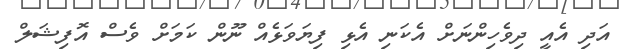
އަދި އެއީ ދިވެހިންނަށް އެކަނި އެޅި ފިޔަވަޅެއް ނޫން ކަމަށް ވެސް އޮފިޝަލް